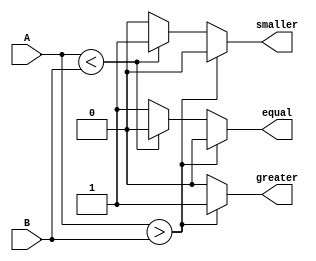
`timescale 1ns / 1ps
//////////////////////////////////////////////////////////////////////////////////
// Company: 
// Engineer: 
// 
// Design Name: 
// Module Name: comparator
// Project Name: 
// Target Devices: 
// Tool Versions: 
// Description: 
// 
// Dependencies: 
// 
// Revision:
// Revision 0.01 - File Created
// Additional Comments:
// 
//////////////////////////////////////////////////////////////////////////////////

module comparator(A, B, equal, greater, smaller);

parameter datain_width = 8;
input [datain_width - 1:0] A;
input [datain_width - 1:0] B;
output reg equal;
output reg greater;

output reg smaller;

always @ (A or B)
begin	
equal	<= 1'b0;
greater	<= 1'b0;
smaller	<= 1'b0;
if (A > B)
greater <= 1'b1;
else if (A < B)
smaller <= 1'b1;
else
equal <= 1'b1;
end
endmodule